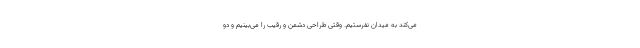
می‌کند به میدان نفرستیم. وقتی طراحی دشمن و رقیب را می‌بینیم و دو